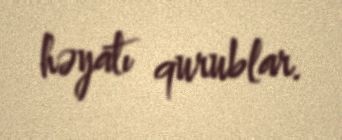
həyatı qurublar.